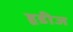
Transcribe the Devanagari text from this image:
हूडीज